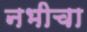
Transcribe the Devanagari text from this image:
नभीचा